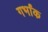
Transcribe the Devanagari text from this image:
गर्भांक